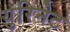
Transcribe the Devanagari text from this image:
युरिनेट